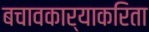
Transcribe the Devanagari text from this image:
बचावकार्याकरिता